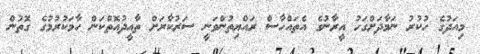
މިއަދުގެ ހުކުރު ނަމާދަށްގަހު އީރާނުގެ އެތައްހާސް ރައްޔިތުންވަނީ ސަރުކާރަށް ތާއީދުއޮތްކަން ހާމަކުރުމުގެ ގޮތުން